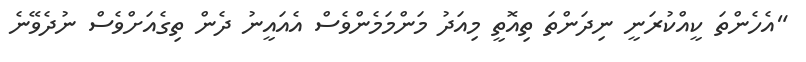
"އެހެންތަ ކީއްކުރަނީ ނިދަންތަ ތިއޮތީ މިއަދު މަންމަމެންވެސް އެއައީނު ދެން ތިގެއަށްވެސް ނުދެވޭނެ